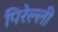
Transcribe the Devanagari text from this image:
पिरेल्ली